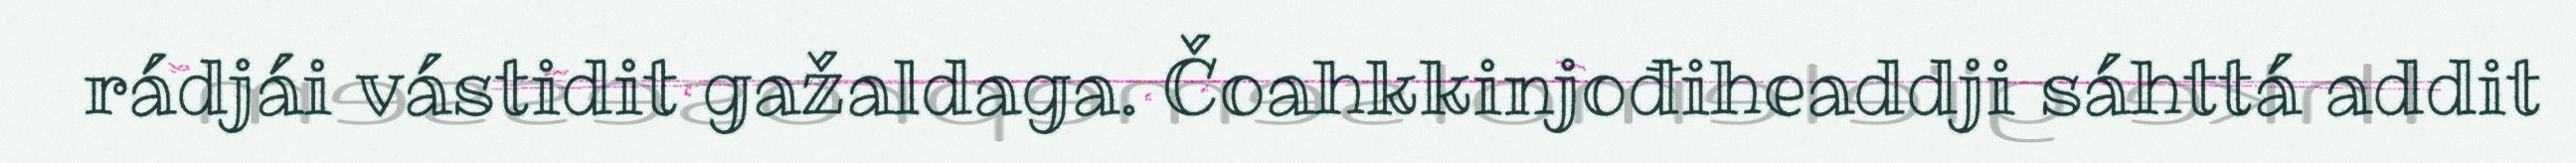
rádjái vástidit gažaldaga. Čoahkkinjođiheaddji sáhttá addit